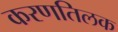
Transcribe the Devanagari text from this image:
करणतिलक